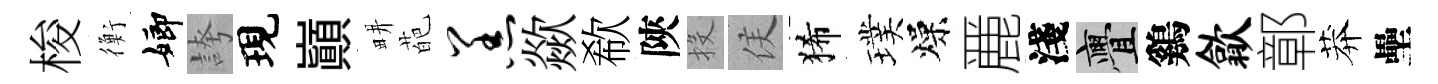
梭衡嫏誇現巔畊葩羔歘欷陝投侯狶璞燥䴡淺亹鷄歙鄣莽壘